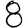
Digit: 8